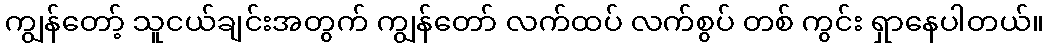
ကျွန်တော့် သူငယ်ချင်းအတွက် ကျွန်တော် လက်ထပ် လက်စွပ် တစ် ကွင်း ရှာနေပါတယ်။